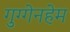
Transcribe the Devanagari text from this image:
गुग्गेनहेम